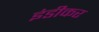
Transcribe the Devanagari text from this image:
इंडीकर